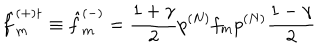
LaTeX: { \hat { f } } _ { m } ^ { ( + ) \dagger } \equiv { \hat { f } } _ { m } ^ { ( - ) } = \frac { 1 + { \gamma } } { 2 } p ^ { ( N ) } f _ { m } p ^ { ( N ) } \frac { 1 - { \gamma } } { 2 }